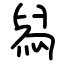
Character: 舄